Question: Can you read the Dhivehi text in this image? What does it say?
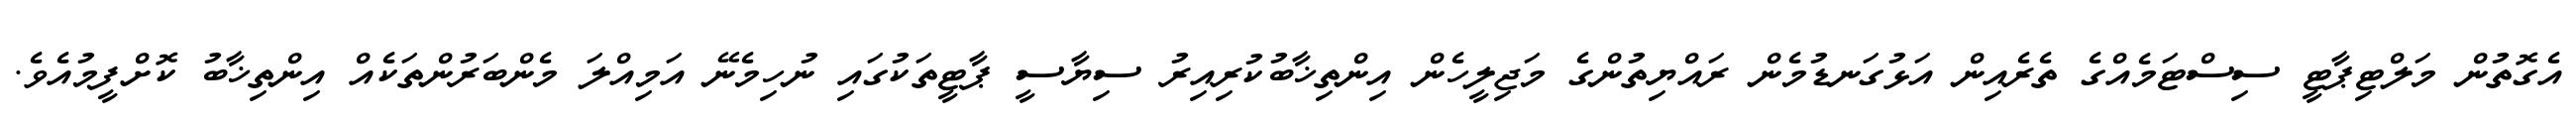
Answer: އެގޮތުން މަލްޓިޕާޓީ ސިސްޓަމެއްގެ ތެރެއިން އަޅުގަނޑުމެން ރައްޔިތުންގެ މަޖިލީހެން އިންތިޚާބުކުރިއިރު ސިޔާސީ ޕާޓީތަކުގައި ނުހިމެނޭ އަމިއްލަ މެންބަރުންތަކެއް އިންތިޚާބު ކޮށްފީމުއެވެ.